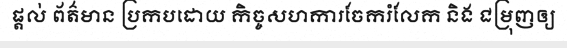
ផ្តល់ ព័ត៌មាន ប្រកបដោយ កិច្ចសហការចែករំលែក និង ជម្រុញឲ្យ